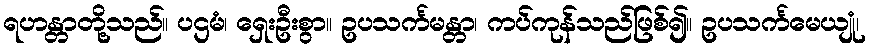
ရဟန္တာတို့သည်။ ပဌမံ၊ ရှေးဦးစွာ။ ဥပသင်္ကမန္တာ၊ ကပ်ကုန်သည်ဖြစ်၍။ ဥပသင်္ကမေယျုံ၊